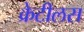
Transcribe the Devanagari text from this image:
क्रेटीलस